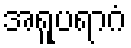
အရူပရာဂံ